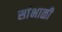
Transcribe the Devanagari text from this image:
सांभाळी